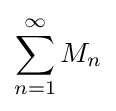
\sum _{n=1}^{\infty }M_{n}